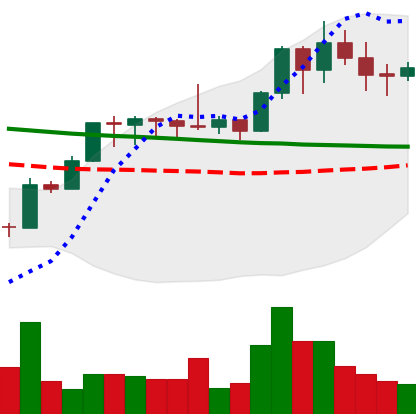
Ticker: XMR-USD
Chart end date: 2020-01-21
Forward return: -3.172%
Label: down_3_5